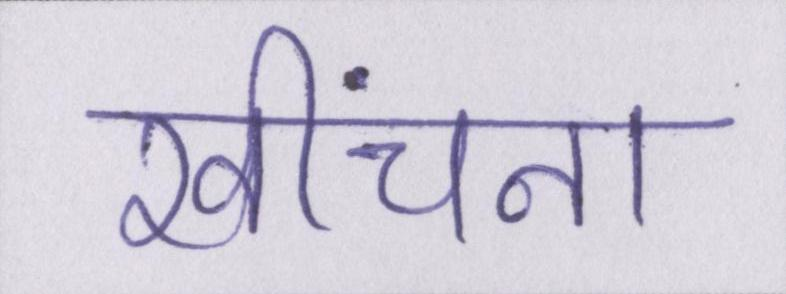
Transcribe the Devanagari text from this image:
खींचना